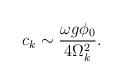
LaTeX: \begin{align*}c_k\sim \frac{\omega g\phi _0}{4\Omega _k^2}. \end{align*}